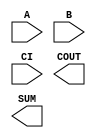
module sky130_fd_sc_hs__fah (
    //# {{data|Data Signals}}
    input  A   ,
    input  B   ,
    input  CI  ,
    output COUT,
    output SUM
);

    // Voltage supply signals
    supply1 VPWR;
    supply0 VGND;

endmodule